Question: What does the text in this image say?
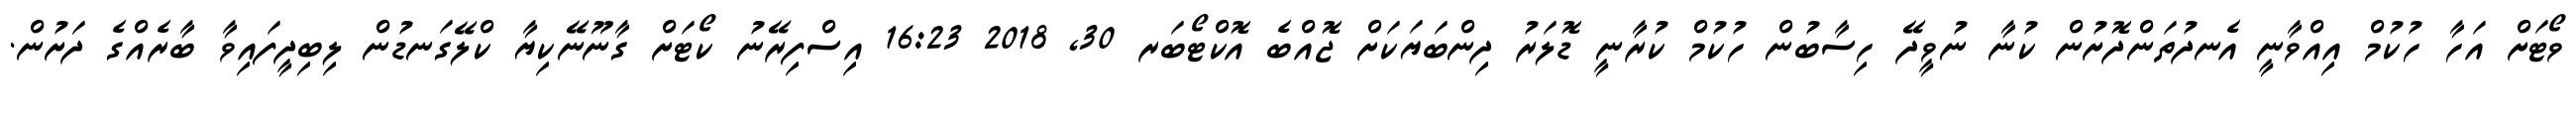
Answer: ވޯޓަށް އަހާ ހުކުމް އިއްވާނީ އެނދުތަންދޮށުން ކުނާ ނުވީދޭ ހިސާބުން ހުކުމް ކުރާނީ ޑޮލަރު ދިންބަޔަކަށް ޖޮއްބެ އޮކްޓޯބަރ 30, 2018 16:23 އިސްފިރޭނު ކޯޓަށް ގާނޫނޭކިޔާ ކްލޭގަނޑުން ލިބިދީފައިވާ ބާރެއްގެ ދަށުން.